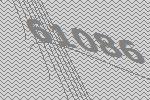
61086